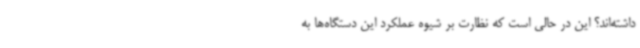
داشته‌اند؟ این در حالی است که نظارت بر شیوه عملکرد این دستگاه‌ها به